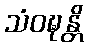
သံဝဍ္ဎန္တိ